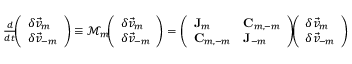
\begin{array} { r } { \frac { d } { d t } \! \! \left( \begin{array} { l } { \delta \vec { v } _ { m } } \\ { \delta \vec { v } _ { - m } } \end{array} \right) \equiv \mathcal { M } _ { m } \! \! \left( \begin{array} { l } { \delta \vec { v } _ { m } } \\ { \delta \vec { v } _ { - m } } \end{array} \right) = \left( \begin{array} { l l } { \mathbf { J } _ { m } } & { \mathbf { C } _ { m , - m } } \\ { \mathbf { C } _ { m , - m } } & { \mathbf { J } _ { - m } } \end{array} \right) \! \! \left( \begin{array} { l } { \delta \vec { v } _ { m } } \\ { \delta \vec { v } _ { - m } } \end{array} \right) } \end{array}